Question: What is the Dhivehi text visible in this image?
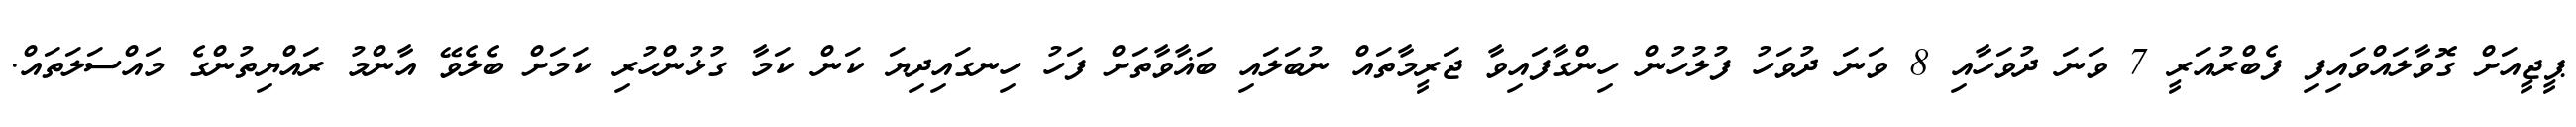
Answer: ޕީޖީއަށް ގޮވާލައްވައިފި ފެބްރުއަރީ 7 ވަނަ ދުވަހާއި 8 ވަނަ ދުވަހު ފުލުހުން ހިންގާފައިވާ ޖަރީމާތައް ނުބަލައި ބަޣާވާތަށް ފަހު ހިނގައިދިޔަ ކަން ކަމާ ގުޅުންހުރި ކަމަށް ބެލެވޭ އާންމު ރައްޔިތުންގެ މައްސަލަތައް.